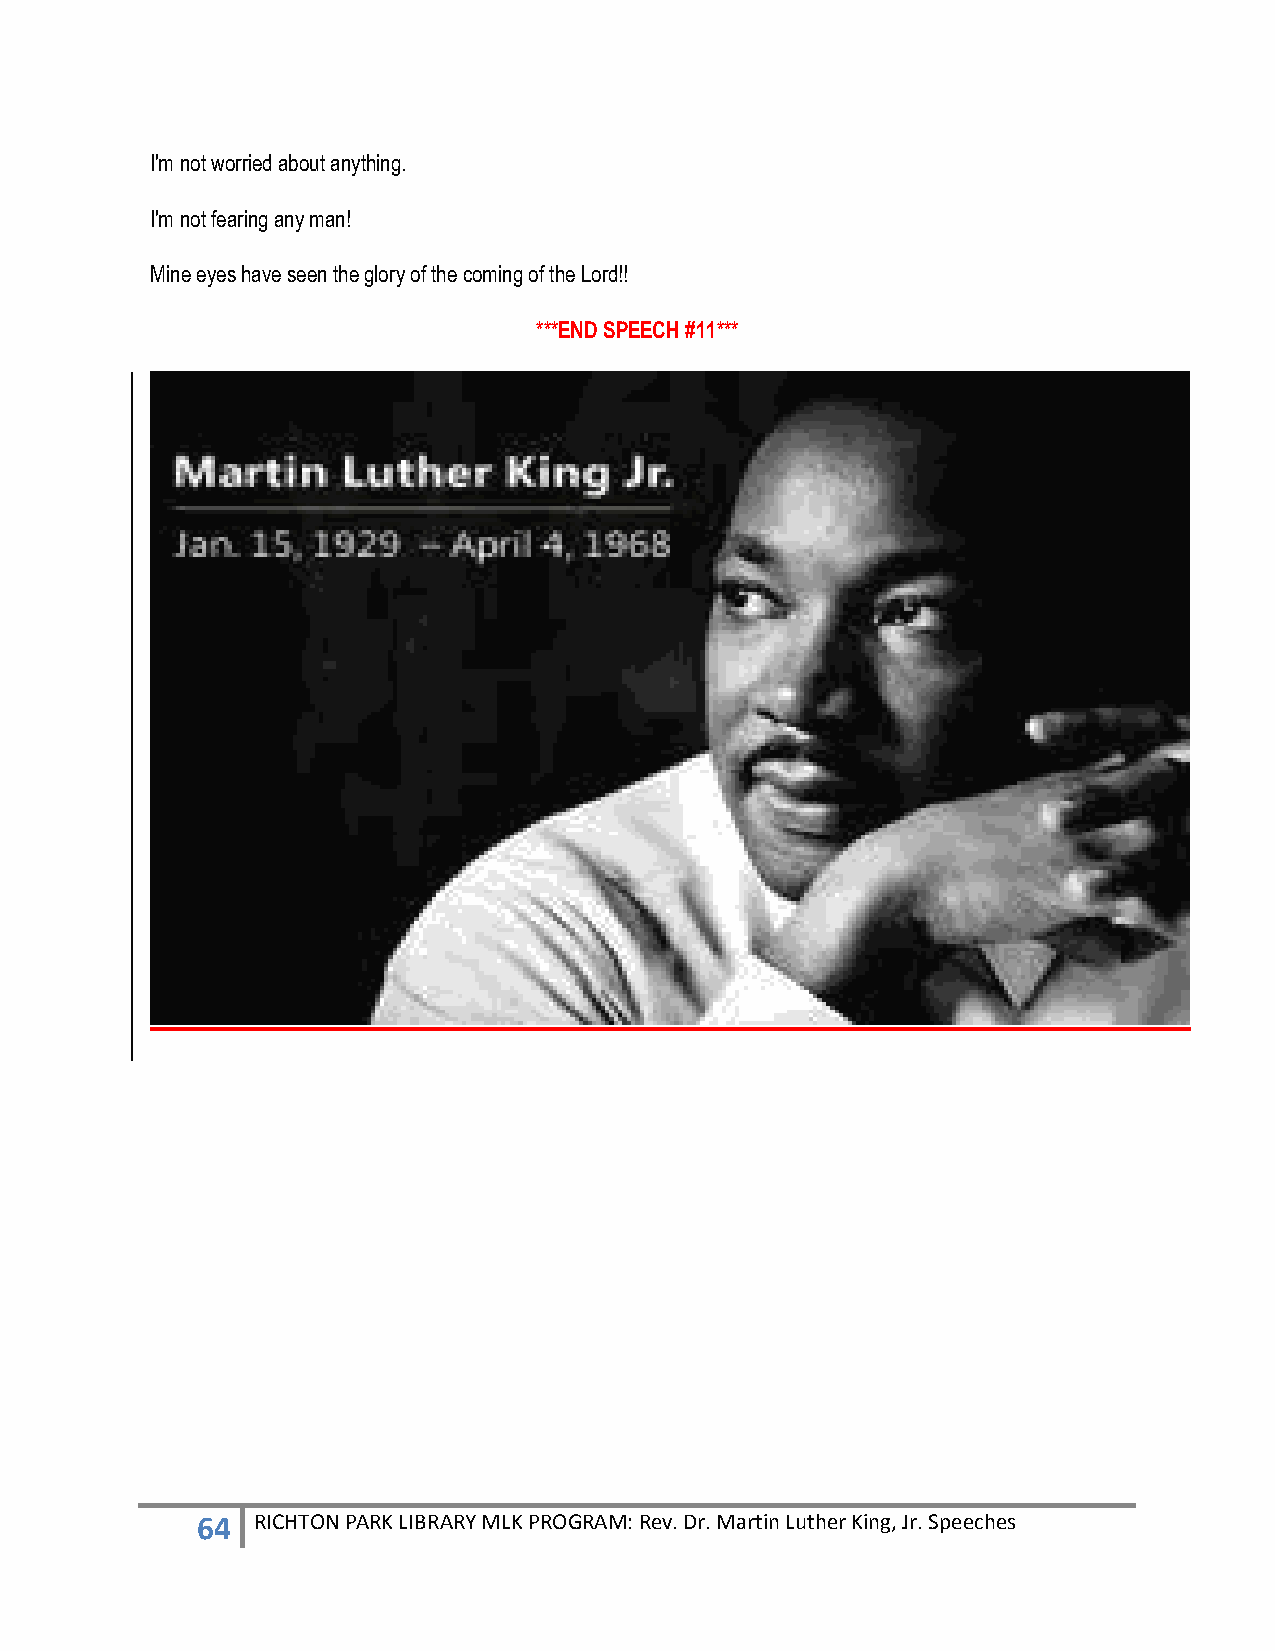
I'm not worried about anything.
 I'm not fearing any man!
 Mine eyes have seen the glory of the coming of the Lord!!
 ***END SPEECH #11***
 64  RICHTON PARK LIBRARY MLK PROGRAM: Rev. Dr. Martin Luther King, Jr. Speeches